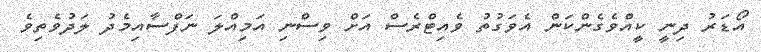
އޯޑަރު ދިނީ ކީއްވެގެންކަން އެވަގުތު ވެއިޓްރެސް އަށް ވިސްނި އަމިއްލަ ނަފްސާއިމެދު ލަދުވެތިވެ